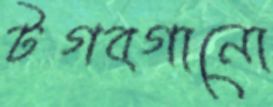
টগবগানো